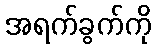
အရက်ခွက်ကို